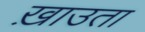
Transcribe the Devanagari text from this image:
ख़ाउता